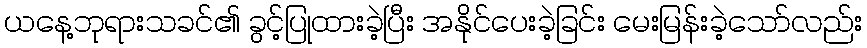
ယနေ့ဘုရားသခင်၏ ခွင့်ပြုထားခဲ့ပြီး အနိုင်ပေးခဲ့ခြင်း မေးမြန်းခဲ့သော်လည်း